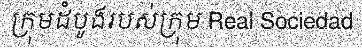
ក្រុមដំបូងរបស់ក្រុម Real Sociedad